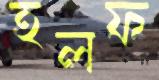
হলফ